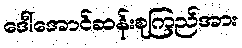
ဒေါ်အောင်ဆန်းစုကြည်အား